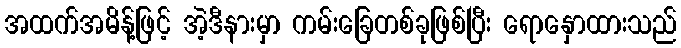
အထက်အမိန့်ဖြင့် အဲ့ဒီနားမှာ ကမ်းခြေတစ်ခုဖြစ်ပြီး ရောနှောထားသည်